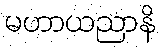
မဟာယညာနိ